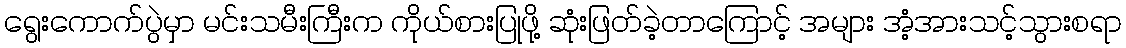
ရွေးကောက်ပွဲမှာ မင်းသမီးကြီးက ကိုယ်စားပြုဖို့ ဆုံးဖြတ်ခဲ့တာကြောင့် အများ အံ့အားသင့်သွားစရာ